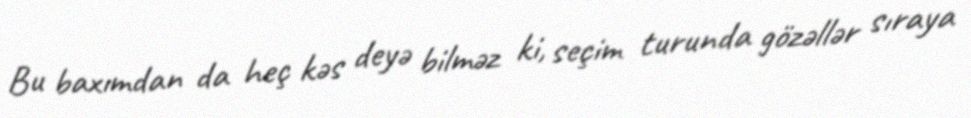
Bu baxımdan da heç kəs deyə bilməz ki, seçim turunda gözəllər sıraya